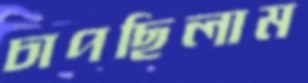
চাপছিলাম